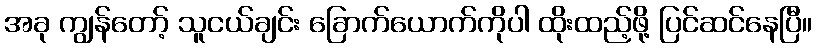
အခု ကျွန်တော့် သူငယ်ချင်း ခြောက်ယောက်ကိုပါ ထိုးထည့်ဖို့ ပြင်ဆင်နေပြီ။